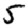
Digit: 5